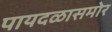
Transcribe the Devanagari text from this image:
पायदळासमोर